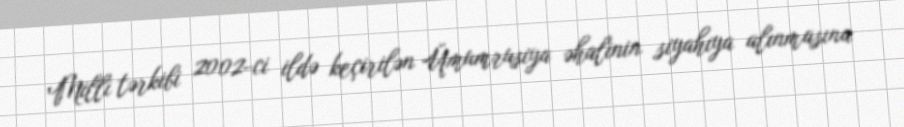
Milli tərkibi 2002-ci ildə keçirilən Ümumrusiya əhalinin siyahıya alınmasına